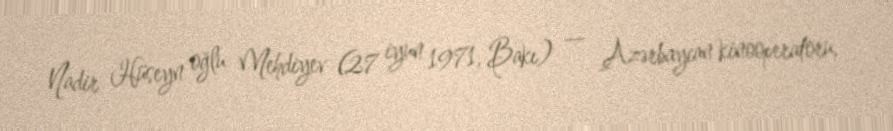
Nadir Hüseyn oğlu Mehdiyev (27 iyun 1971, Bakı) — Azərbaycan kinooperatoru,